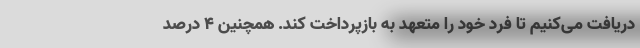
دریافت می‌کنیم تا فرد خود را متعهد به بازپرداخت کند. همچنین ۴ درصد